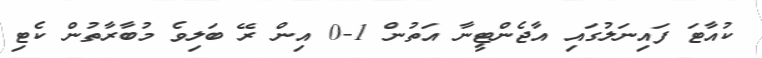
ކުއާޓަ ފައިނަލުގައި އާޖެންޓީނާ އަތުން 1-0 އިން ރޭ ބަލިވެ މުބާރާތުން ކެޓި